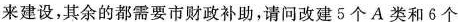
来建设，其余的都需要市财政补助，请问改建5个A类和6个